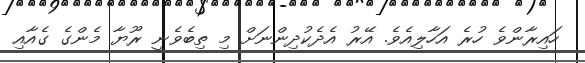
ހައިރާންވެ ހުރެ އަހާލިއެވެ. އޭރު އެދެކުދިންނަށް މި ތިބެވެނީ ރޫޔާ މެންގެ ގެއާއި